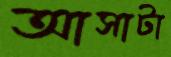
আসাটা